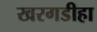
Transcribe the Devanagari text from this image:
खरगडीहा